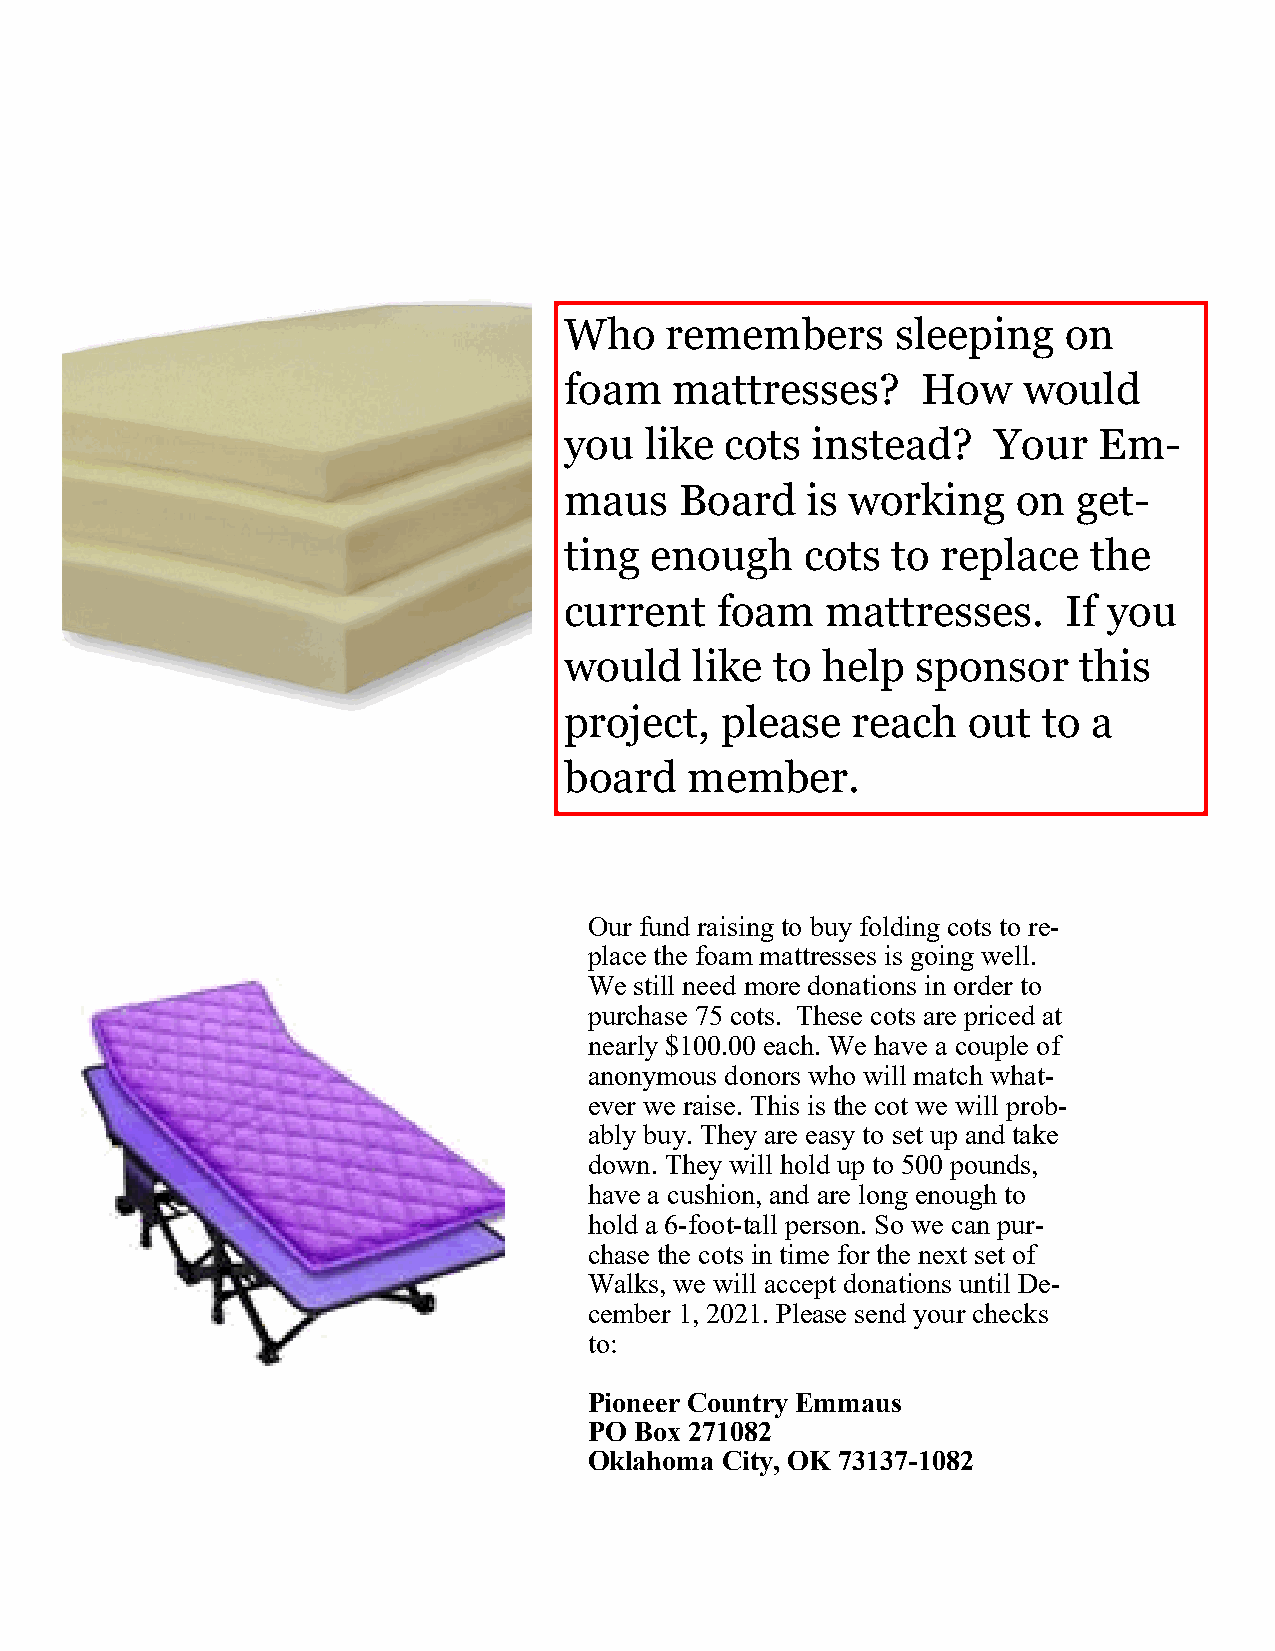
Who    remembers      sleeping   on
 foam    mattresses?     How    would
 you   like cots  instead?    Your   Em-
 maus    Board   is working    on  get-
 ting  enough    cots  to replace   the
 current   foam    mattresses.     If you
 would    like to help   sponsor   this
 project,   please  reach   out  to a
 board    member.
 Our fund raising to buy folding cots to re-
 place the foam mattresses is going well.
 We still need more donations in order to
 purchase 75 cots. These cots are priced at
 nearly $100.00 each. We have a couple of
 anonymous donors who will match what-
 ever we raise. This is the cot we will prob-
 ably buy. They are easy to set up and take
 down. They will hold up to 500 pounds,
 have a cushion, and are long enough to
 hold a 6-foot-tall person. So we can pur-
 chase the cots in time for the next set of
 Walks, we will accept donations until De-
 cember 1, 2021. Please send your checks
 to:
 Pioneer Country Emmaus
 PO Box 271082
 Oklahoma City, OK 73137-1082